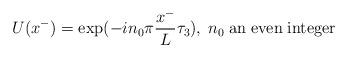
LaTeX: \begin{align*}U (x^-) = \exp ({- i n_0 \pi {x^- \over {L}} \tau _3)},\; n_0 \; {\rm{an \; even \;integer}}\end{align*}